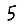
Digit: 5